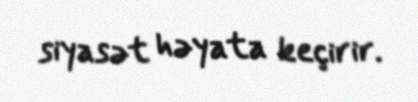
siyasət həyata keçirir.